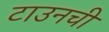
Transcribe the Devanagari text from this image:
टाउनची